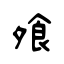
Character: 飧